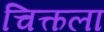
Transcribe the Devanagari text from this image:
चित्कला